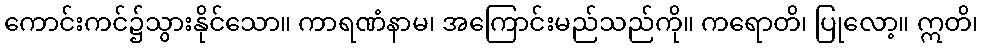
ကောင်းကင်၌သွားနိုင်သော။ ကာရဏံနာမ၊ အကြောင်းမည်သည်ကို။ ကရောတိ၊ ပြုလော့။ ဣတိ၊